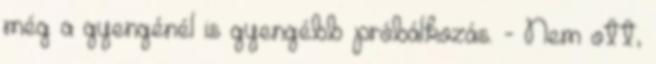
még a gyengénél is gyengébb próbálkozás. - Nem ott,